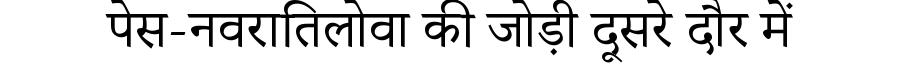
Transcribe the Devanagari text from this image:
पेस-नवरातिलोवा की जोड़ी दूसरे दौर में